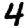
Digit: 4